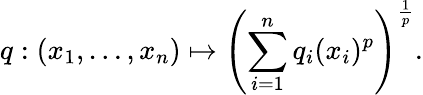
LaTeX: q:(x_{1},\ldots,x_{n})\mapsto\left(\sum_{i=1}^{n}q_{i}(x_{i})^{p}\right)^{\frac{1}{p}}.